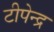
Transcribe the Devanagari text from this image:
टीपेन्द्र